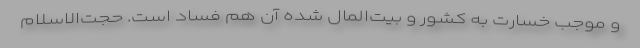
و موجب خسارت به کشور و بیت‌المال شده آن هم فساد است. حجت‌الاسلام